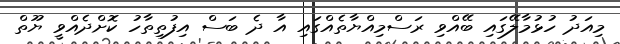
މިއަދު ހުޅުމާލޭގައި ބޭއްވި ރަސްމިއްޔާތެއްގައި އާ ދެ ބަސް އިފުތިތާހު ކޮށްދެއްވީ ޔޫތް